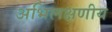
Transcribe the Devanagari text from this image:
अभिलक्षणीय